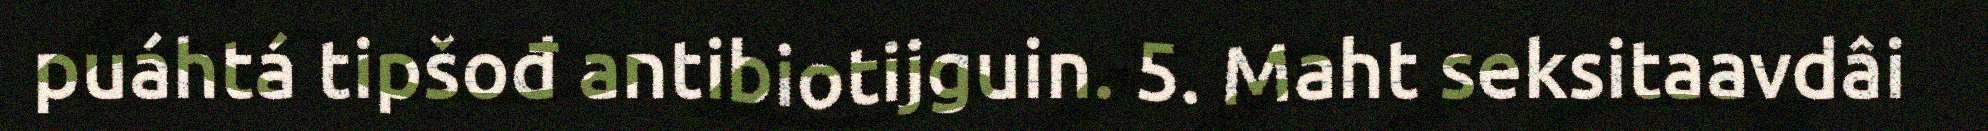
puáhtá tipšođ antibiotijguin. 5. Maht seksitaavdâi